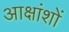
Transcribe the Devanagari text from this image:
आक्षांशों